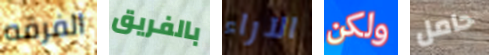
الفرقه بالفريق الآراء ولكن حامل